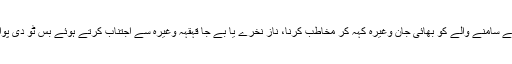
بات کرتے ہوئے سامنے والے کو بھائی جان وغیرہ کہہ کر مخاطب کرنا، ناز نخرے یا بے جا قہقہہ وغیرہ سے اجتناب کرتے ہوئے بس ٹو دی پوائنٹ بات کرنا۔